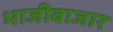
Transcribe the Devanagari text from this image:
भाजीबाजार